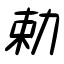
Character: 勅